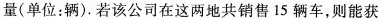
量(单位：辆).若该公司在这两地共销售15辆车，则能获